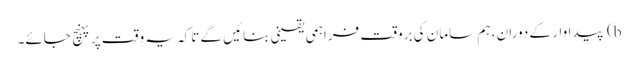
b) پیداوار کے دوران ، ہم سامان کی بروقت فراہمی یقینی بنائیں گے تاکہ یہ وقت پر پہنچ جائے۔